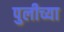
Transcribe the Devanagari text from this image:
पुलीच्या